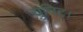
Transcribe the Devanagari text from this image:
युनिट।